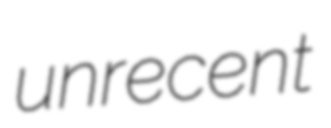
unrecent